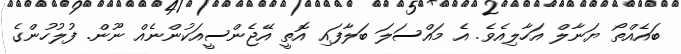
ބައެއްތޯ ޔަނާލް އަހާލިއެވެ. އެ މައްސަލަ ބަލާފައި އޮތީ އޭޖެންސީއަކުންނެއް ނޫން. ފުލުހުންގެ